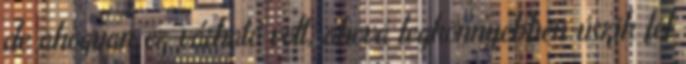
de ahogyan ez várható volt, ahová legkönnyebben úszik fel